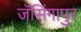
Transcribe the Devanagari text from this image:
जॅसिंगापुर